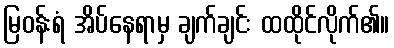
မြဝန်းရံ အိပ်နေရာမှ ချက်ချင်း ထထိုင်လိုက်၏။